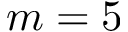
m = 5